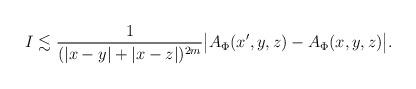
LaTeX: \begin{align*}I\lesssim\frac{1}{(|x-y|+|x-z|)^{2m}} \big| A_\Phi (x',y,z)-A_\Phi(x,y,z)\big|.\end{align*}